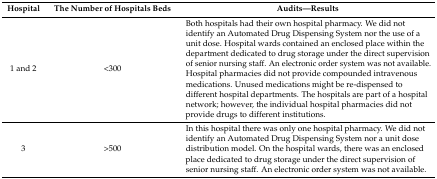
<table><thead><tr><td><b>Hospital</b></td><td><b>The Number of Hospitals Beds</b></td><td><b>Audits—Results</b></td></tr></thead><tbody><tr><td>1 and 2</td><td>&lt;300</td><td>Both hospitals had their own hospital pharmacy. We did not identify an Automated Drug Dispensing System nor the use of a unit dose. Hospital wards contained an enclosed place within the department dedicated to drug storage under the direct supervision of senior nursing staff. An electronic order system was not available. Hospital pharmacies did not provide compounded intravenous medications. Unused medications might be re-dispensed to different hospital departments. The hospitals are part of a hospital network; however, the individual hospital pharmacies did not provide drugs to different institutions.</td></tr><tr><td>3</td><td>&gt;500</td><td>In this hospital there was only one hospital pharmacy. We did not identify an Automated Drug Dispensing System nor a unit dose distribution model. On the hospital wards, there was an enclosed place dedicated to drug storage under the direct supervision of senior nursing staff. An electronic order system was not available.</td></tr></tbody></table>